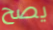
يصح